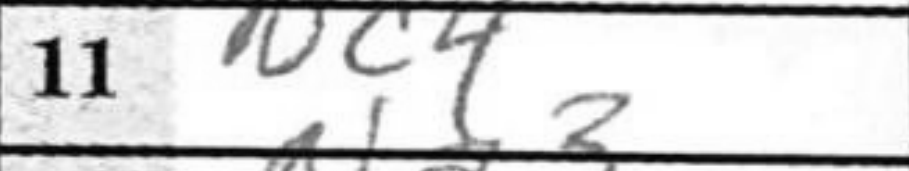
Transcription: Nc4